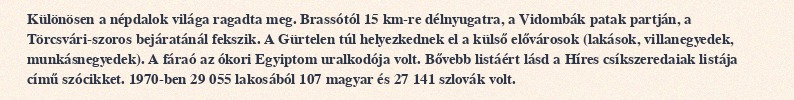
Különösen a népdalok világa ragadta meg. Brassótól 15 km-re délnyugatra, a Vidombák patak partján, a Törcsvári-szoros bejáratánál fekszik. A Gürtelen túl helyezkednek el a külső elővárosok (lakások, villanegyedek, munkásnegyedek). A fáraó az ókori Egyiptom uralkodója volt. Bővebb listáért lásd a Híres csíkszeredaiak listája című szócikket. 1970-ben 29 055 lakosából 107 magyar és 27 141 szlovák volt.